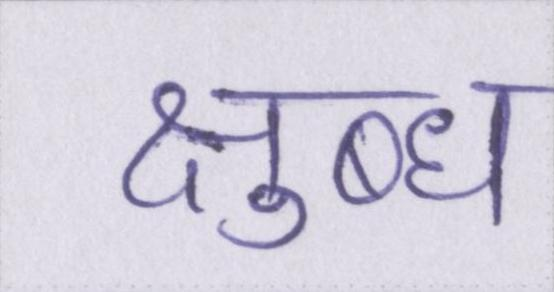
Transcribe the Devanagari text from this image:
क्षुब्ध